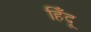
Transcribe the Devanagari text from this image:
हिँदू